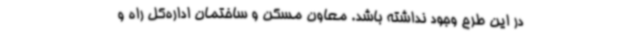
در این طرح وجود نداشته باشد. معاون مسکن و ساختمان اداره‌کل راه و